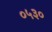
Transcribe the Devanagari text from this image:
०५३०